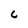
Character: L